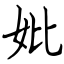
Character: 妣